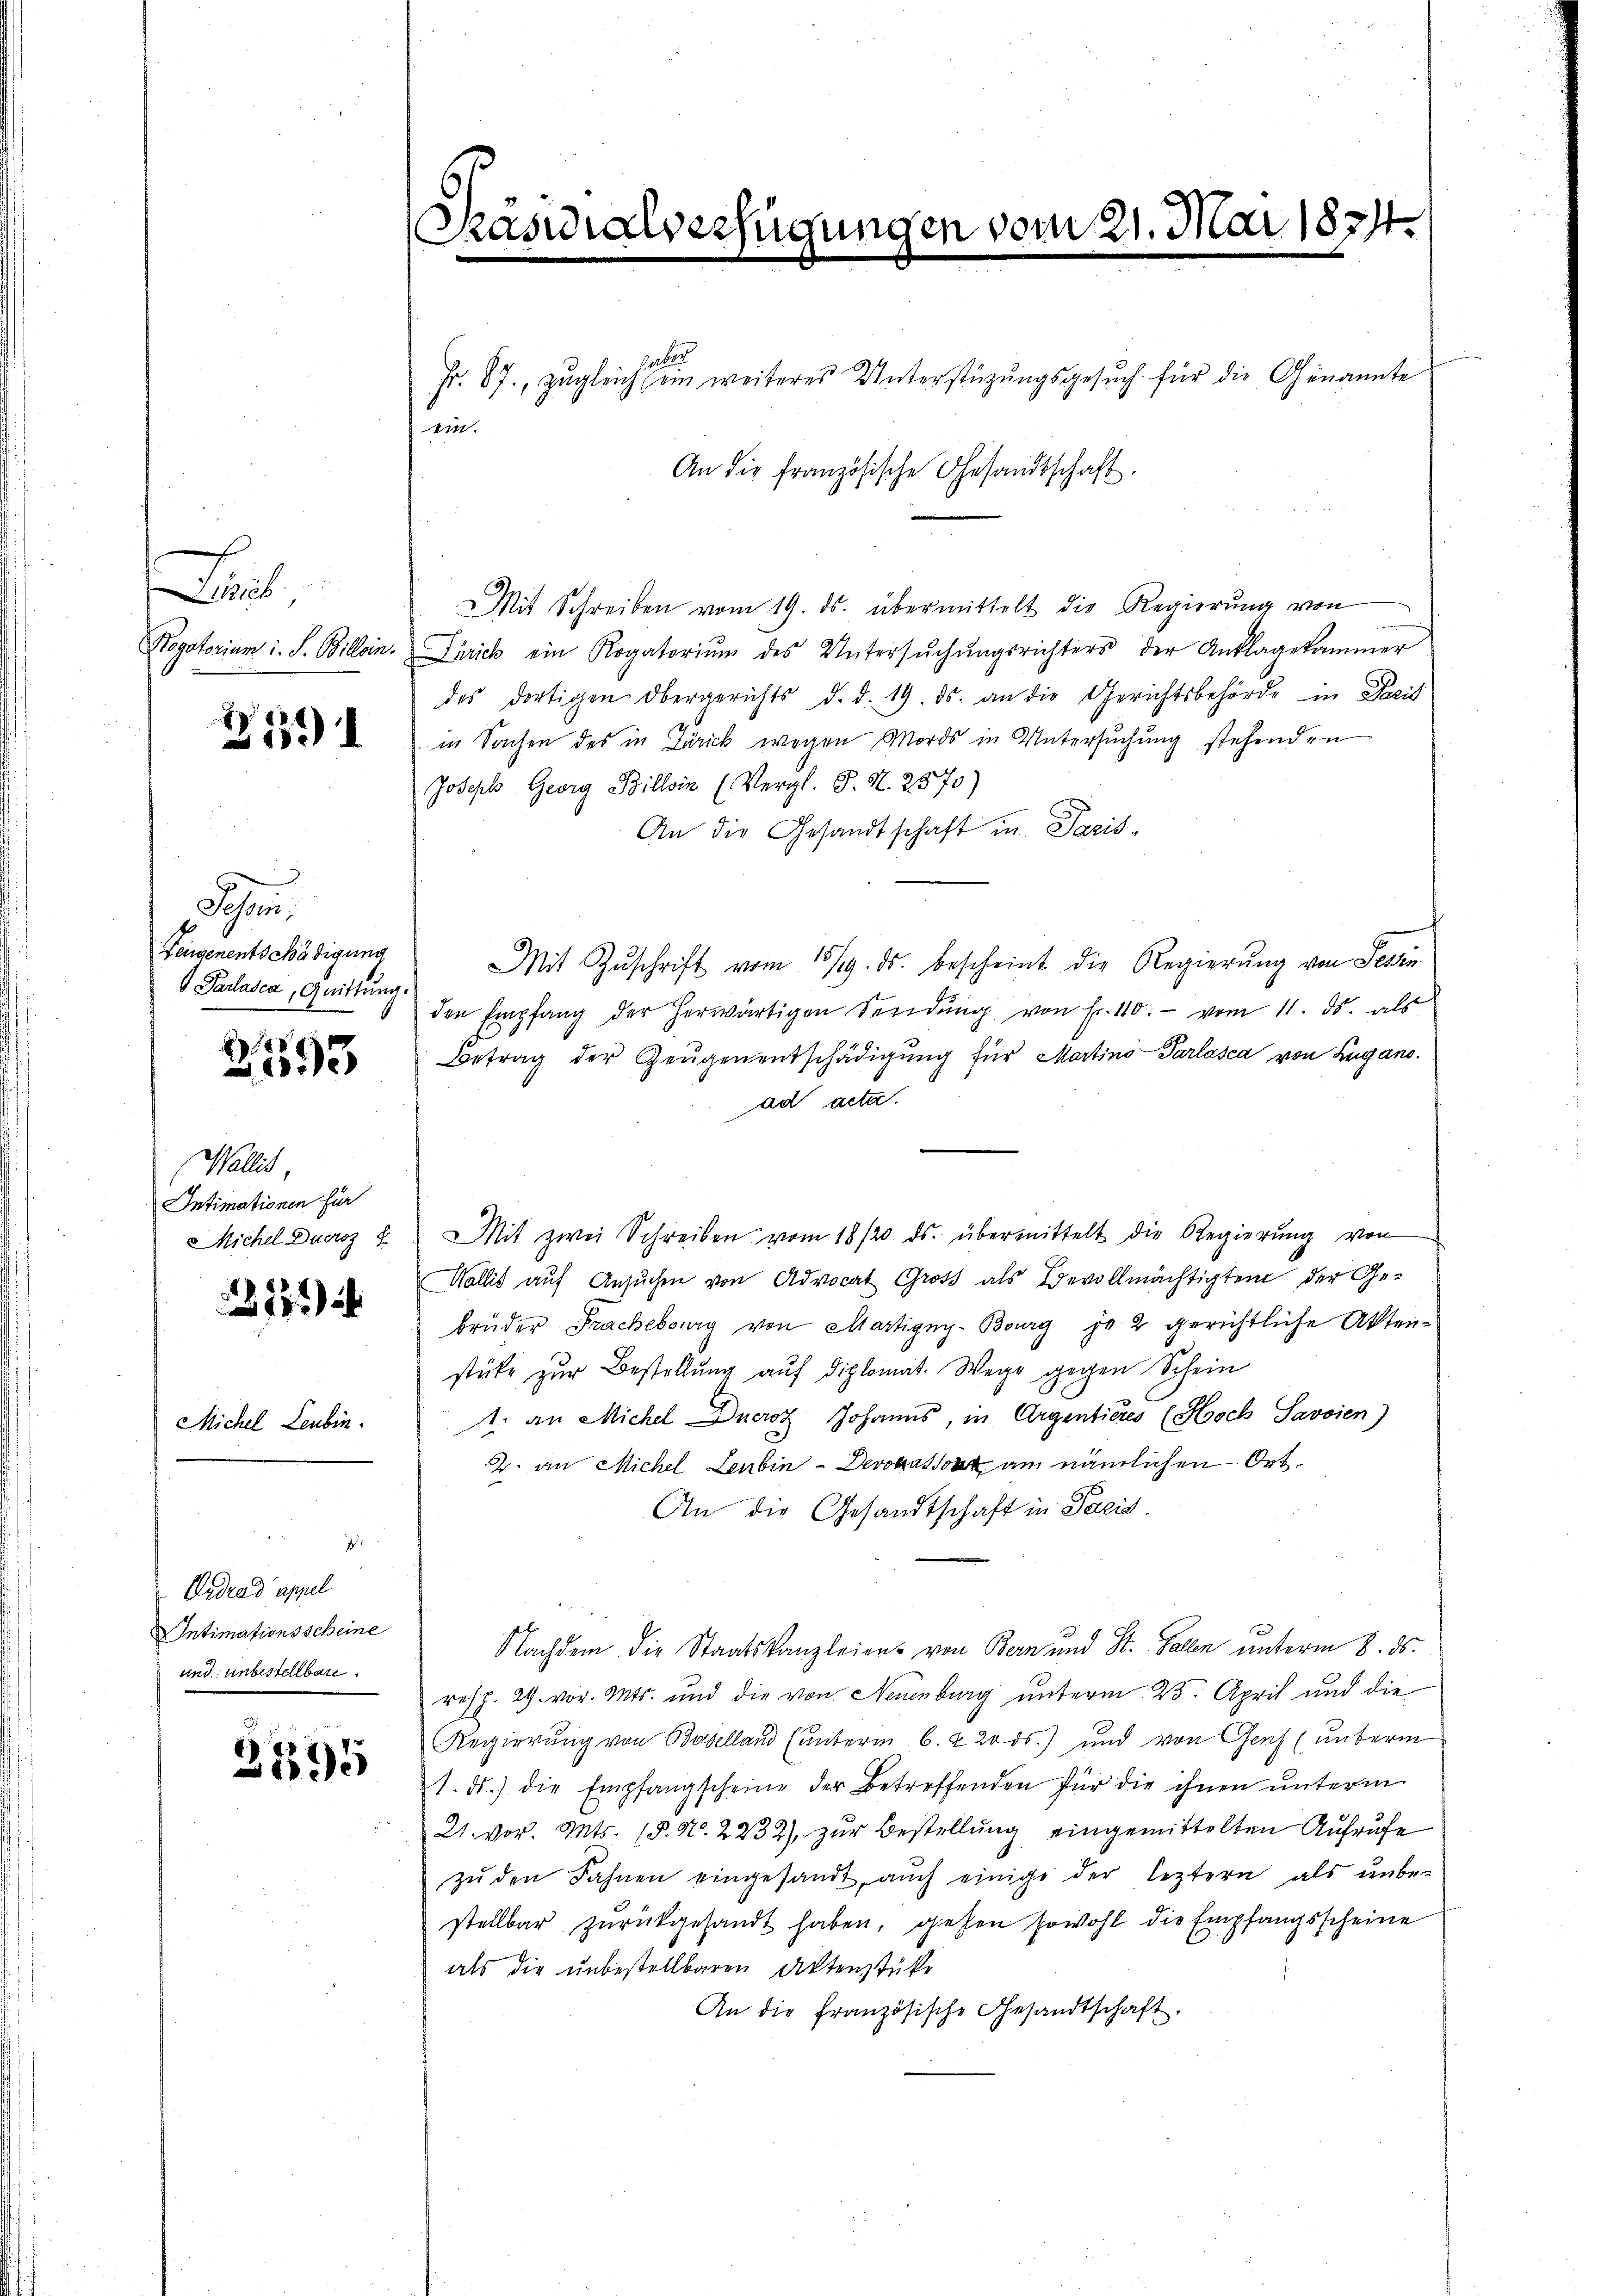
Leut
Progatorium i. S. Billein.

g
39

Sehen.
Feigenentschädigung
Parlasca, Quittung.

r
15

Wallis
Intimationen für

2127

Michel Leubin.

7
Ardra d’appel
Intimationsscheine
und unbestellbare

3895

Präsidialverfügungen vom 21. Mai 1874.

ebes
Fr. 87., zugleich ein weiteres Unterstüzungsgesuch für die Genannte

ein.
An die französische Gesandtschaft.

Mit Schreiben vom 19. ds. übermittelt die Regierŭng von
Zürich ein Rogatoriŭm des Untersŭchŭngsrichters der Anklagekammer
des dortigen Obergerichts d. d. 19. ds. an die Gerichtsbehörde in Paris
in Sachen des in Zürick wegen Mords in Untersuchung stehenden
Joseph Georg Billin (Vergl. J. N. 2570)
An die Gesandtschaft in Paris-
Mit Zŭschrift vom 18/9. ds. bescheint die Regierŭng von Sein
den Empfang der herwärtigen Sendŭng von Fr. 110. vom 11. ds. als
Betrag der Zeugenentschädigung für Martino-Parlasca von Lugano.
ad acta.
Michel Ducroz u. Mit zwei Schreiben vom 18/20. ds. übermittelt die Regierŭng von
Wallis auf Ansuchen von Advocat Gross als Bevollmächtigten der Ge-
brüder Frachebourg von Martigny-Bourg je 2 gerichtliche Aktenstüke zur Bestellung auf diplomat. Wege gegen Schein
1. an Michel Duerst Johanns, in Argentieres (Hoch Savoien)
2. an Michel Leubin - Devokat am nämlichen Ort¬
An die Gesandtschaft in Paris.
Nachdem die Staatskanzleien von Bern und St. Gallen unterm 8. ds.
resp. 29. vor. Mts. und die von Neuenburg unterm 23. April und die
Regierung von Baselland (unterm 6. & 20 ds.) und von Genf (unterm
1. ds. die Empfangscheine der Betreffenden für die ihnen ŭnterm
21. vor. Mts. (§. N. 2232), zur Bestellung eingemittelten Aufrufe
zŭ den Fahnen eingesandt, aŭch einige der leztern als ŭnbe-
stellbar zŭrückgesandt haben, gehen sowohl die Empfangsscheine
als die unbestellbaren Aktenstücke
An die Französische Gesandtschaft.